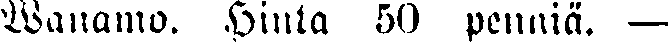
Wanamo. Hinta 50 penniä. —